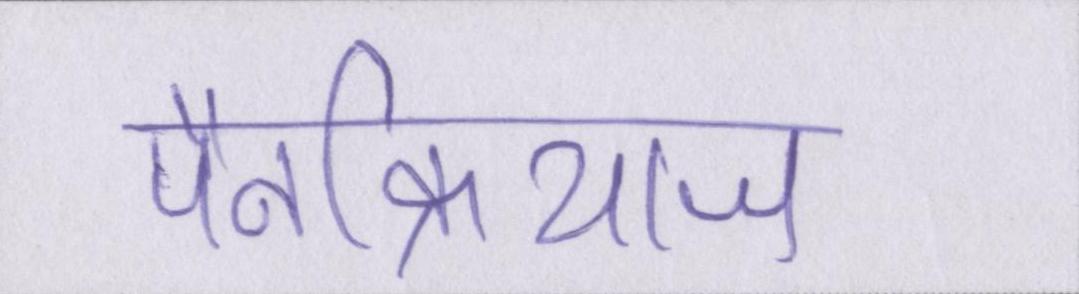
पैनक्रियाज